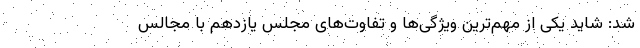
شد: شاید یکی از مهم‌ترین ویژگی‌ها و تفاوت‌های مجلس یازدهم با مجالس